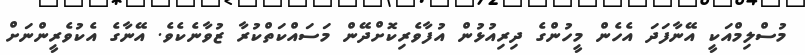
މުސްލިމްއަކީ އޭނާފަދަ އެހެން މީހުންގެ ދިރިއުޅުން އުފާވެރިކޮށްދޭން މަސައްކަތްކުރާ ޒުވާނެކެވެ. އޭނާގެ އެކުވެރީންނަށް